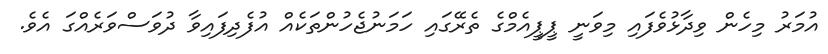
އުމަރު މިހެން ވިދާޅުވެފައި މިވަނީ ޕީޕީއެމްގެ ތެރޭގައި ހަމަނުޖެހުންތަކެއް އުފެދިފައިވާ ދުވަސްވަރެއްގަ އެވެ.